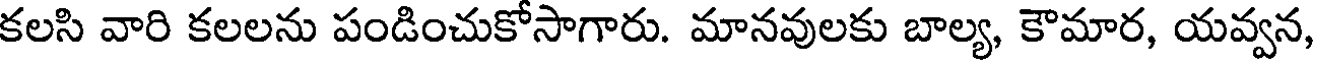
కలసి వారి కలలను పండించుకోసాగారు. మానవులకు బాల్య, కౌమార, యవ్వన,